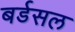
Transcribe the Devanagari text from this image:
बर्डसल